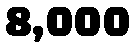
8,000